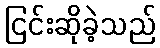
ငြင်းဆိုခဲ့သည်